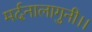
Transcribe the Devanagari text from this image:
मर्दनालागुनी।।